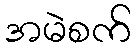
အမဲစက်